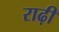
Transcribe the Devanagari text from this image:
राढ़ी